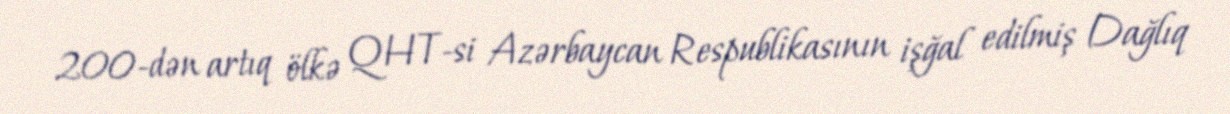
200-dən artıq ölkə QHT-si Azərbaycan Respublikasının işğal edilmiş Dağlıq